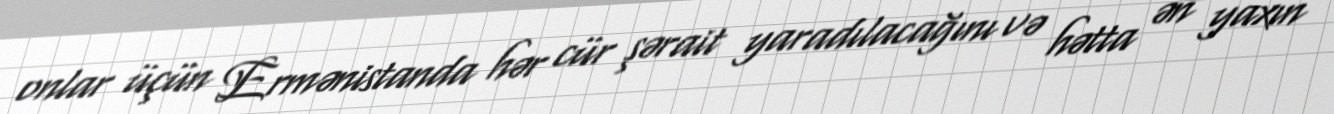
onlar üçün Ermənistanda hər cür şərait yaradılacağını və hətta ən yaxın